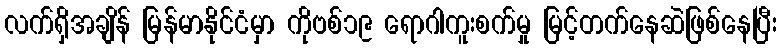
လက်ရှိအချိန် မြန်မာနိုင်ငံမှာ ကိုဗစ်၁၉ ရောဂါကူးစက်မှု မြင့်တက်နေဆဲဖြစ်နေပြီး